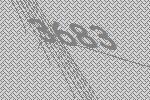
3683